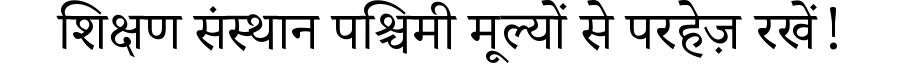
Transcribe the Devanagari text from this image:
शिक्षण संस्थान पश्चिमी मूल्यों से परहेज़ रखें!